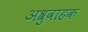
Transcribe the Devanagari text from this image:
अश्रुवाहक